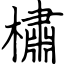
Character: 橚